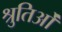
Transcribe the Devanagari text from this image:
श्रुतिओं